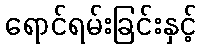
ရောင်ရမ်းခြင်းနှင့်